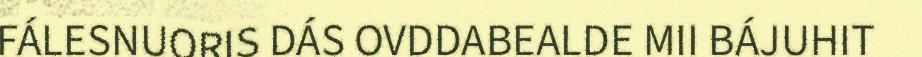
FÁLESNUORIS DÁS OVDDABEALDE MII BÁJUHIT